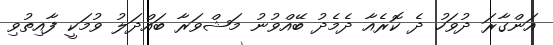
އަންގާރަ ދުވަހު ދެ ކޮރެއާ ދެމެދު ބޭއްވުނު މަޝްވަރާ ބައްދަލު ވުމަކީ ފާއިތުވި